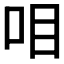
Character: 𰇏